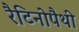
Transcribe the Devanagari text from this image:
रैटिनोपैथी